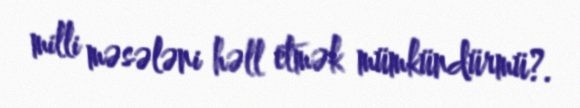
milli məsələni həll etmək mümkündürmü?.